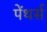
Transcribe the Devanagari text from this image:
पेंथर्स